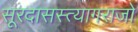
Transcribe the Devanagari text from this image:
सूरदासस्त्यागराजो